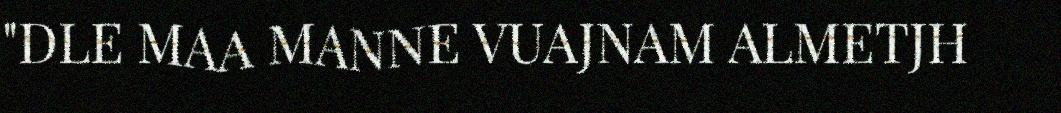
"DLE MAA MANNE VUAJNAM ALMETJH